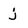
Character: j